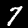
Digit: 7